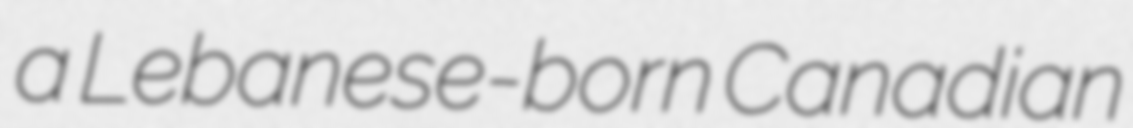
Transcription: a Lebanese-born Canadian